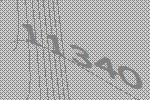
11340